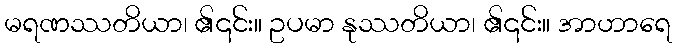
မရဏဿတိယာ၊ ၏၎င်း။ ဥပမာ နုဿတိယာ၊ ၏၎င်း။ အာဟာရေ